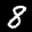
Label: 8